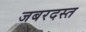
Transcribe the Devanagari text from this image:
जबरदस्त